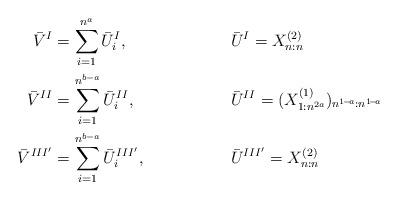
LaTeX: \begin{align*}\bar{V}^{I} &= \sum_{i=1}^{n^a}\bar{U}^{I}_i,& &\bar{U}^{I} = X^{(2)}_{n:n} \\\bar{V}^{II} &= \sum_{i=1}^{n^{b-a}}\bar{U}^{II}_i,& &\bar{U}^{II} = (X^{(1)}_{1:n^{2a}})_{n^{1\!-\!a}:n^{1\!-\!a}} \\\bar{V}^{III'} &= \sum_{i=1}^{n^{b-a}}\bar{U}^{III'}_i,& &\bar{U}^{III'} = X^{(2)}_{n:n}\end{align*}